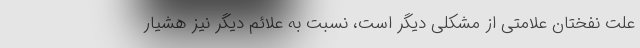
علت نفختان علامتی از مشکلی دیگر است، نسبت به علائم دیگر نیز هشیار